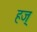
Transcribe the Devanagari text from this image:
हज्